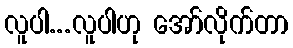
လူပါ...လူပါဟု အော်လိုက်တာ